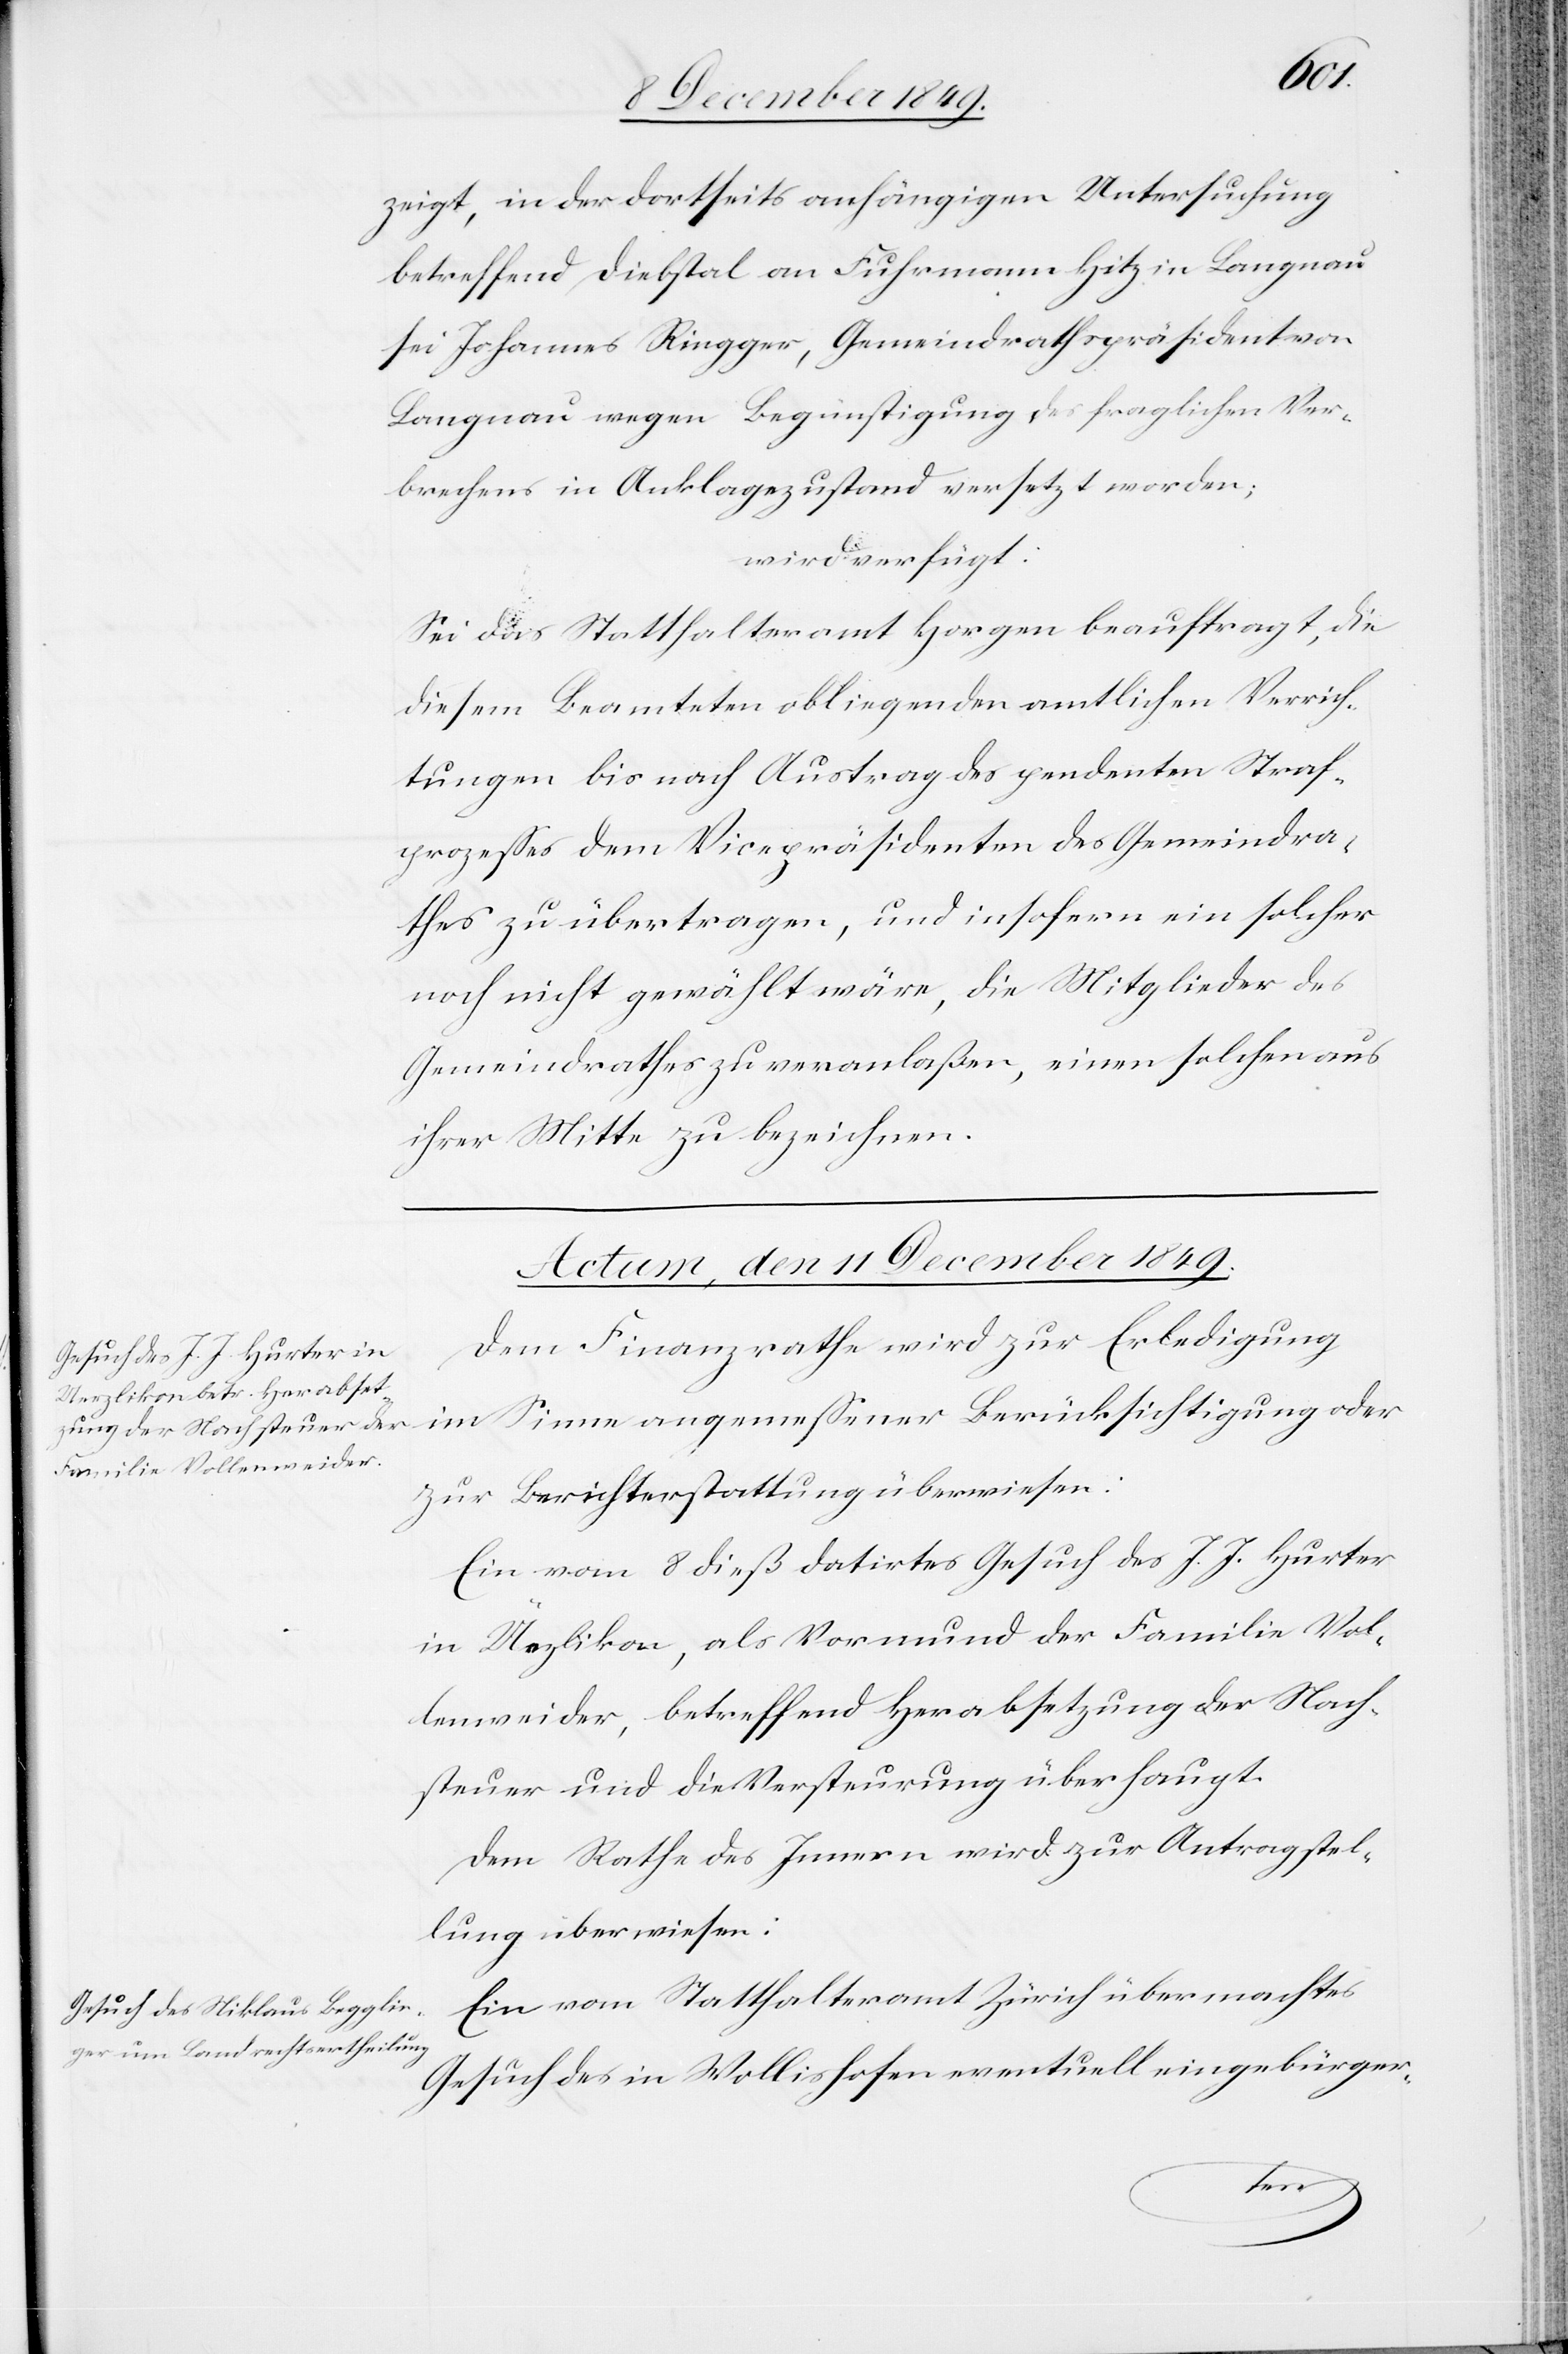
zeigt, in der dortseits anhängigen Untersuchung
betreffend Diebstal an Fuhrmann Hitz in Langnau
sei Johannes Ringger, Gemeindrathspräsident von
Langnau wegen Begünstigung des fraglichen Ver¬
brechers in Anklagezustand versetzt worden;
wird verfügt:
Sei das Statthalteramt Horgen beauftragt, die
diesem Beamteten obliegenden amtlichen Verrich¬
tungen bis nach Austrag des geendeten Straf¬
prozeßes dem Vicepräsidenten des Gemeindra¬
thes zu übertragen, und insofern ein solcher
noch nicht gewählt wäre, die Mitglieder des
Gemeindrathes zu veranlaßen, einen solchen aus
ihrer Mitte zu bezeichnen.
Actum, den 11 December 1849.]
Dem Finanzrathe wird zur Erledigung
zur Berichterstattung überwiesen:
Ein vom 8 dieß datirtes Gesuch des J. J. Hurter
in Uezlikon, als Vormund der Familie Vol¬
lenweider, betreffend Herabsetzung der Nach¬
steuer und die Versteuerung überhaupt.
Dem Rathe des Innern wird zur Antragstel¬
lung überwiesen:
Ein vom Statthalteramt Zürich übermachtes
Gesuch des in Wollishofen eventuell eingebürger-
Sinne